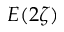
E ( 2 \zeta )